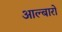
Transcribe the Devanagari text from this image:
आल्बारो